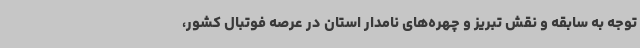
توجه به سابقه و نقش تبریز و چهره‌های نامدار استان در عرصه فوتبال کشور،